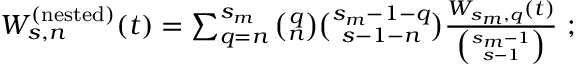
\begin{array} { r } { W _ { s , n } ^ { ( \mathrm { n e s t e d } ) } ( t ) = \sum _ { q = n } ^ { s _ { m } } { \binom { q } { n } } { \binom { s _ { m } - 1 - q } { s - 1 - n } } \frac { W _ { s _ { m } , q } ( t ) } { { \binom { s _ { m } - 1 } { s - 1 } } } ~ ; } \end{array}